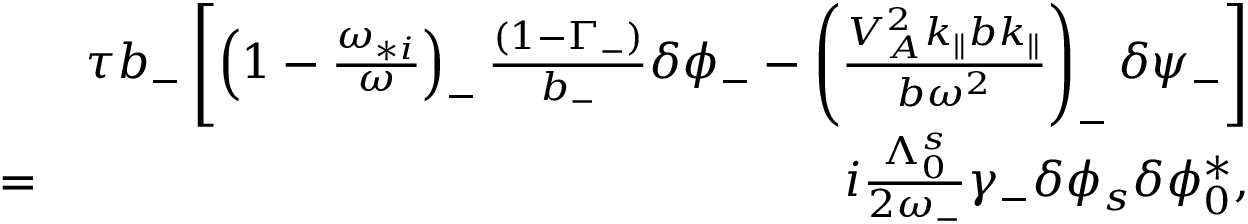
\begin{array} { r l r } & { } & { \tau b _ { - } \left[ \left( 1 - \frac { \omega _ { * i } } { \omega } \right) _ { - } \frac { ( 1 - \Gamma _ { - } ) } { b _ { - } } \delta \phi _ { - } - \left( \frac { V _ { A } ^ { 2 } k _ { \parallel } b k _ { \parallel } } { b \omega ^ { 2 } } \right) _ { - } \delta \psi _ { - } \right] } \\ & { = } & { i \frac { \Lambda _ { 0 } ^ { s } } { 2 \omega _ { - } } \gamma _ { - } \delta \phi _ { s } \delta \phi _ { 0 } ^ { * } , } \end{array}